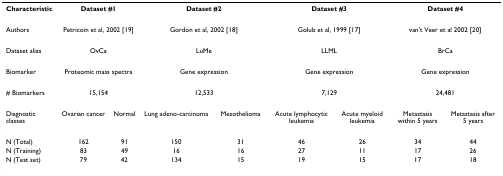
<table><thead><tr><td><b>Characteristic</b></td><td colspan="2"><b>Dataset #1</b></td><td colspan="2"><b>Dataset #2</b></td><td colspan="2"><b>Dataset #3</b></td><td colspan="2"><b>Dataset #4</b></td></tr></thead><tbody><tr><td>Authors</td><td colspan="2">Petricoin et al, 2002 [19]</td><td colspan="2">Gordon et al, 2002 [18]</td><td colspan="2">Golub et al, 1999 [17]</td><td colspan="2">van&#x27;t Veer et al 2002 [20]</td></tr><tr><td>Dataset alias</td><td colspan="2">OvCa</td><td colspan="2">LuMe</td><td colspan="2">LLML</td><td colspan="2">BrCa</td></tr><tr><td>Biomarker</td><td colspan="2">Proteomic mass spectra</td><td colspan="2">Gene expression</td><td colspan="2">Gene expression</td><td colspan="2">Gene expression</td></tr><tr><td># Biomarkers</td><td colspan="2">15,154</td><td colspan="2">12,533</td><td colspan="2">7,129</td><td colspan="2">24,481</td></tr><tr><td>Diagnostic classes</td><td>Ovarian cancer</td><td>Normal</td><td>Lung adeno-carcinoma</td><td>Mesothelioma</td><td>Acute lymphocytic leukemia</td><td>Acute myeloid leukemia</td><td>Metastasis within 5 years</td><td>Metastasis after 5 years</td></tr><tr><td>N (Total)</td><td>162</td><td>91</td><td>150</td><td>31</td><td>46</td><td>26</td><td>34</td><td>44</td></tr><tr><td>N (Training)</td><td>83</td><td>49</td><td>16</td><td>16</td><td>27</td><td>11</td><td>17</td><td>26</td></tr><tr><td>N (Test set)</td><td>79</td><td>42</td><td>134</td><td>15</td><td>19</td><td>15</td><td>17</td><td>18</td></tr></tbody></table>